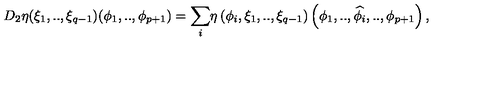
\! \! D _ { 2 } \eta ( { \xi } _ { 1 } , . . , { \xi } _ { q - 1 } ) ( { \phi } _ { 1 } , . . , { \phi } _ { p + 1 } ) = { \displaystyle \sum _ { i } } \eta \left( { \phi } _ { i } , { \xi } _ { 1 } , . . , { \xi } _ { q - 1 } \right) \left( { \phi } _ { 1 } , . . , \widehat { { \phi } _ { i } } , . . , { \phi } _ { p + 1 } \right) ,